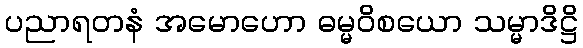
ပညာရတနံ အမောဟော ဓမ္မဝိစယော သမ္မာဒိဋ္ဌိ